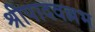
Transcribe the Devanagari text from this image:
श्रीपादवल्लभ